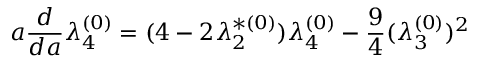
a \frac { d } { d a } \lambda _ { 4 } ^ { ( 0 ) } = ( 4 - 2 \lambda _ { 2 } ^ { * ( 0 ) } ) \lambda _ { 4 } ^ { ( 0 ) } - \frac { 9 } { 4 } ( \lambda _ { 3 } ^ { ( 0 ) } ) ^ { 2 }